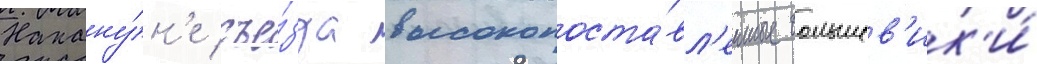
Накану́н'е съе́зда высокопоста́вл'енные большев'ик'и́